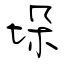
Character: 垛